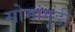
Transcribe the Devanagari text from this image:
सोमांगुडी